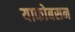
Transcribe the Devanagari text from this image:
याकोबसन